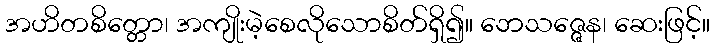
အဟိတစိတ္တော၊ အကျိုးမဲ့စေလိုသောစိတ်ရှိ၍။ ဘေသဇ္ဇေန၊ ဆေးဖြင့်။